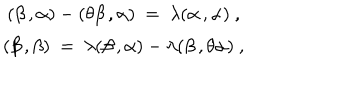
LaTeX: \begin{array} { c } { { ( \beta \, , \alpha ) - ( \theta \beta \, , \alpha ) ~ = ~ \lambda ( \alpha \, , \alpha ) ~ , } } \\ { { ( \beta \, , \beta ) ~ = ~ \lambda ( \beta \, , \alpha ) - \lambda ( \beta \, , \theta \alpha ) ~ , } } \\ \end{array}